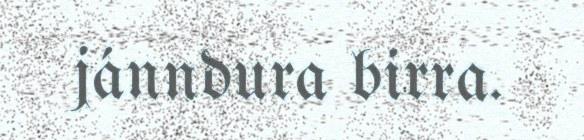
jánndura birra.